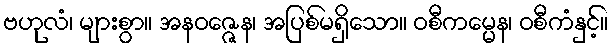
ဗဟုလံ၊ များစွာ။ အနဝဇ္ဇေန၊ အပြစ်မရှိသော။ ဝစီကမ္မေန၊ ဝစီကံနှင့်။